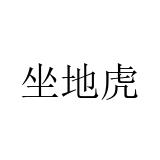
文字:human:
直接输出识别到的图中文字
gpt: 坐地虎